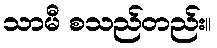
သာမီ စသည်တည်း။